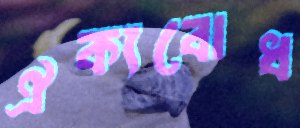
ঐক্যবোধ